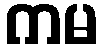
ကမ